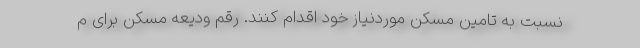
نسبت به تامین مسکن موردنیاز خود اقدام کنند. رقم ودیعه مسکن برای م